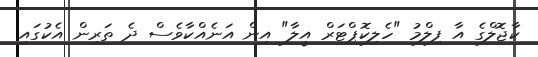
ކާޖޮލްގެ އާ ފިލްމު "ހެލިކޮޕްޓަރް އީލާ" އިން އަނެއްކާވެސް ދެ ތަރިން އެކުގައި